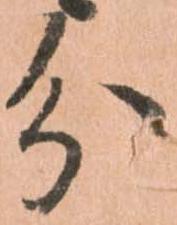
分